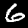
Digit: 6